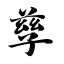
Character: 孳